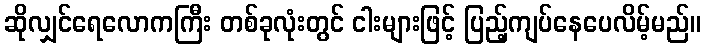
ဆိုလျှင်ရေလောကကြီး တစ်ခုလုံးတွင် ငါးများဖြင့် ပြည့်ကျပ်နေပေလိမ့်မည်။